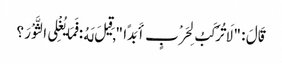
قَالَ : " لَا تُرْکَبُ لِحَرْبٍ أَبَدًا " , قِیلَ لَهُ : فَمَا یُغْلِی الثَّوْرَ ؟